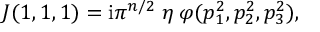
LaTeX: J ( 1 , 1 , 1 ) = { \mathrm { i } } \pi ^ { n / 2 } \; \eta \; \varphi ( p _ { 1 } ^ { 2 } , p _ { 2 } ^ { 2 } , p _ { 3 } ^ { 2 } ) ,